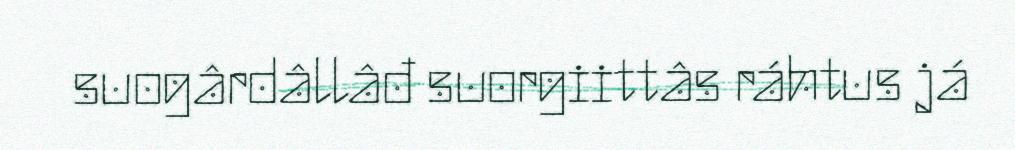
suogârdâllâđ suorgiittâs ráhtus já